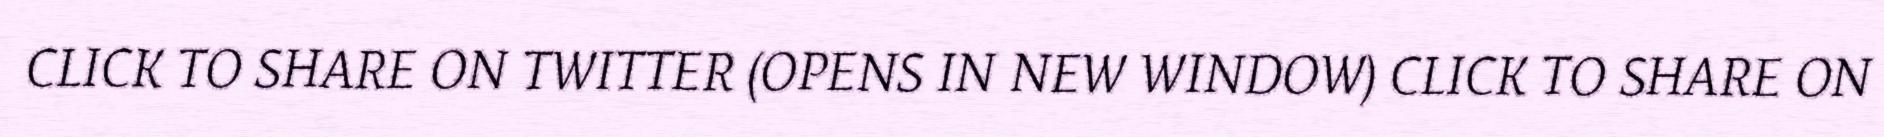
CLICK TO SHARE ON TWITTER (OPENS IN NEW WINDOW) CLICK TO SHARE ON